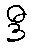
ဒီ